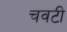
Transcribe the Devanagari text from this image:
चवटी